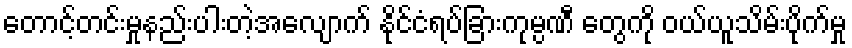
တောင့်တင်းမှုနည်းပါးတဲ့အလျောက် နိုင်ငံရပ်ခြားကုမ္ပဏီ တွေကို ဝယ်ယူသိမ်းပိုက်မှု